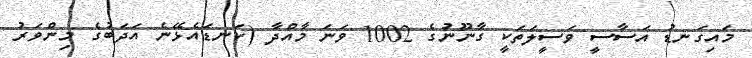
މައިގަނޑު އަސާސީ ވަސީލަތަކީ ގާނޫނުގެ 1002 ވަނަ މާއްދާ (ކަނޑައެޅޭނެ އަދަބުގެ މިންވަރު